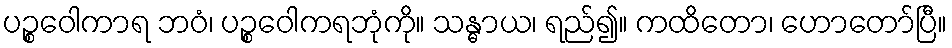
ပဉ္စဝေါကာရ ဘဝံ၊ ပဉ္စဝေါကရဘုံကို။ သန္ဓာယ၊ ရည်၍။ ကထိတော၊ ဟောတော်ပြီ။